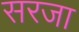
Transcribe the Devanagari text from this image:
सरजा